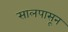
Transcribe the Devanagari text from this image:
सालपासून